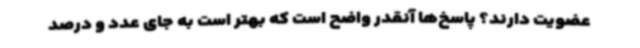
عضویت دارند؟ پاسخ‌ها آنقدر واضح است که بهتر است به جای عدد و درصد